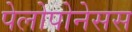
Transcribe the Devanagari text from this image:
पेलोपोनेसस